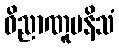
ဝိညာဏူပနိသံ